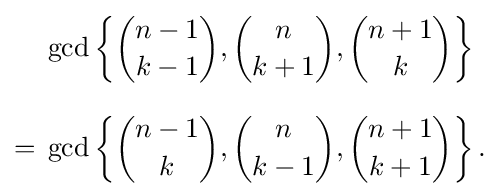
{\begin{aligned}&\gcd \left\{{\binom {n-1}{k-1}},{\binom {n}{k+1}},{\binom {n+1}{k}}\right\}\\[8pt]={}&\gcd \left\{{\binom {n-1}{k}},{\binom {n}{k-1}},{\binom {n+1}{k+1}}\right\}.\end{aligned}}